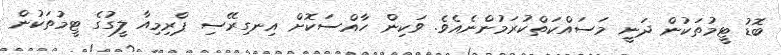
ބޮޑު ޓީމުތަކުން ދަނީ މަސައްކަތްކުރަމުންނެއެވެ. ވަކިން ހާއްސަކޮށް އިނގިރޭސި ޕްރިމިއާ ލީގުގެ ޓީމުތަކުން